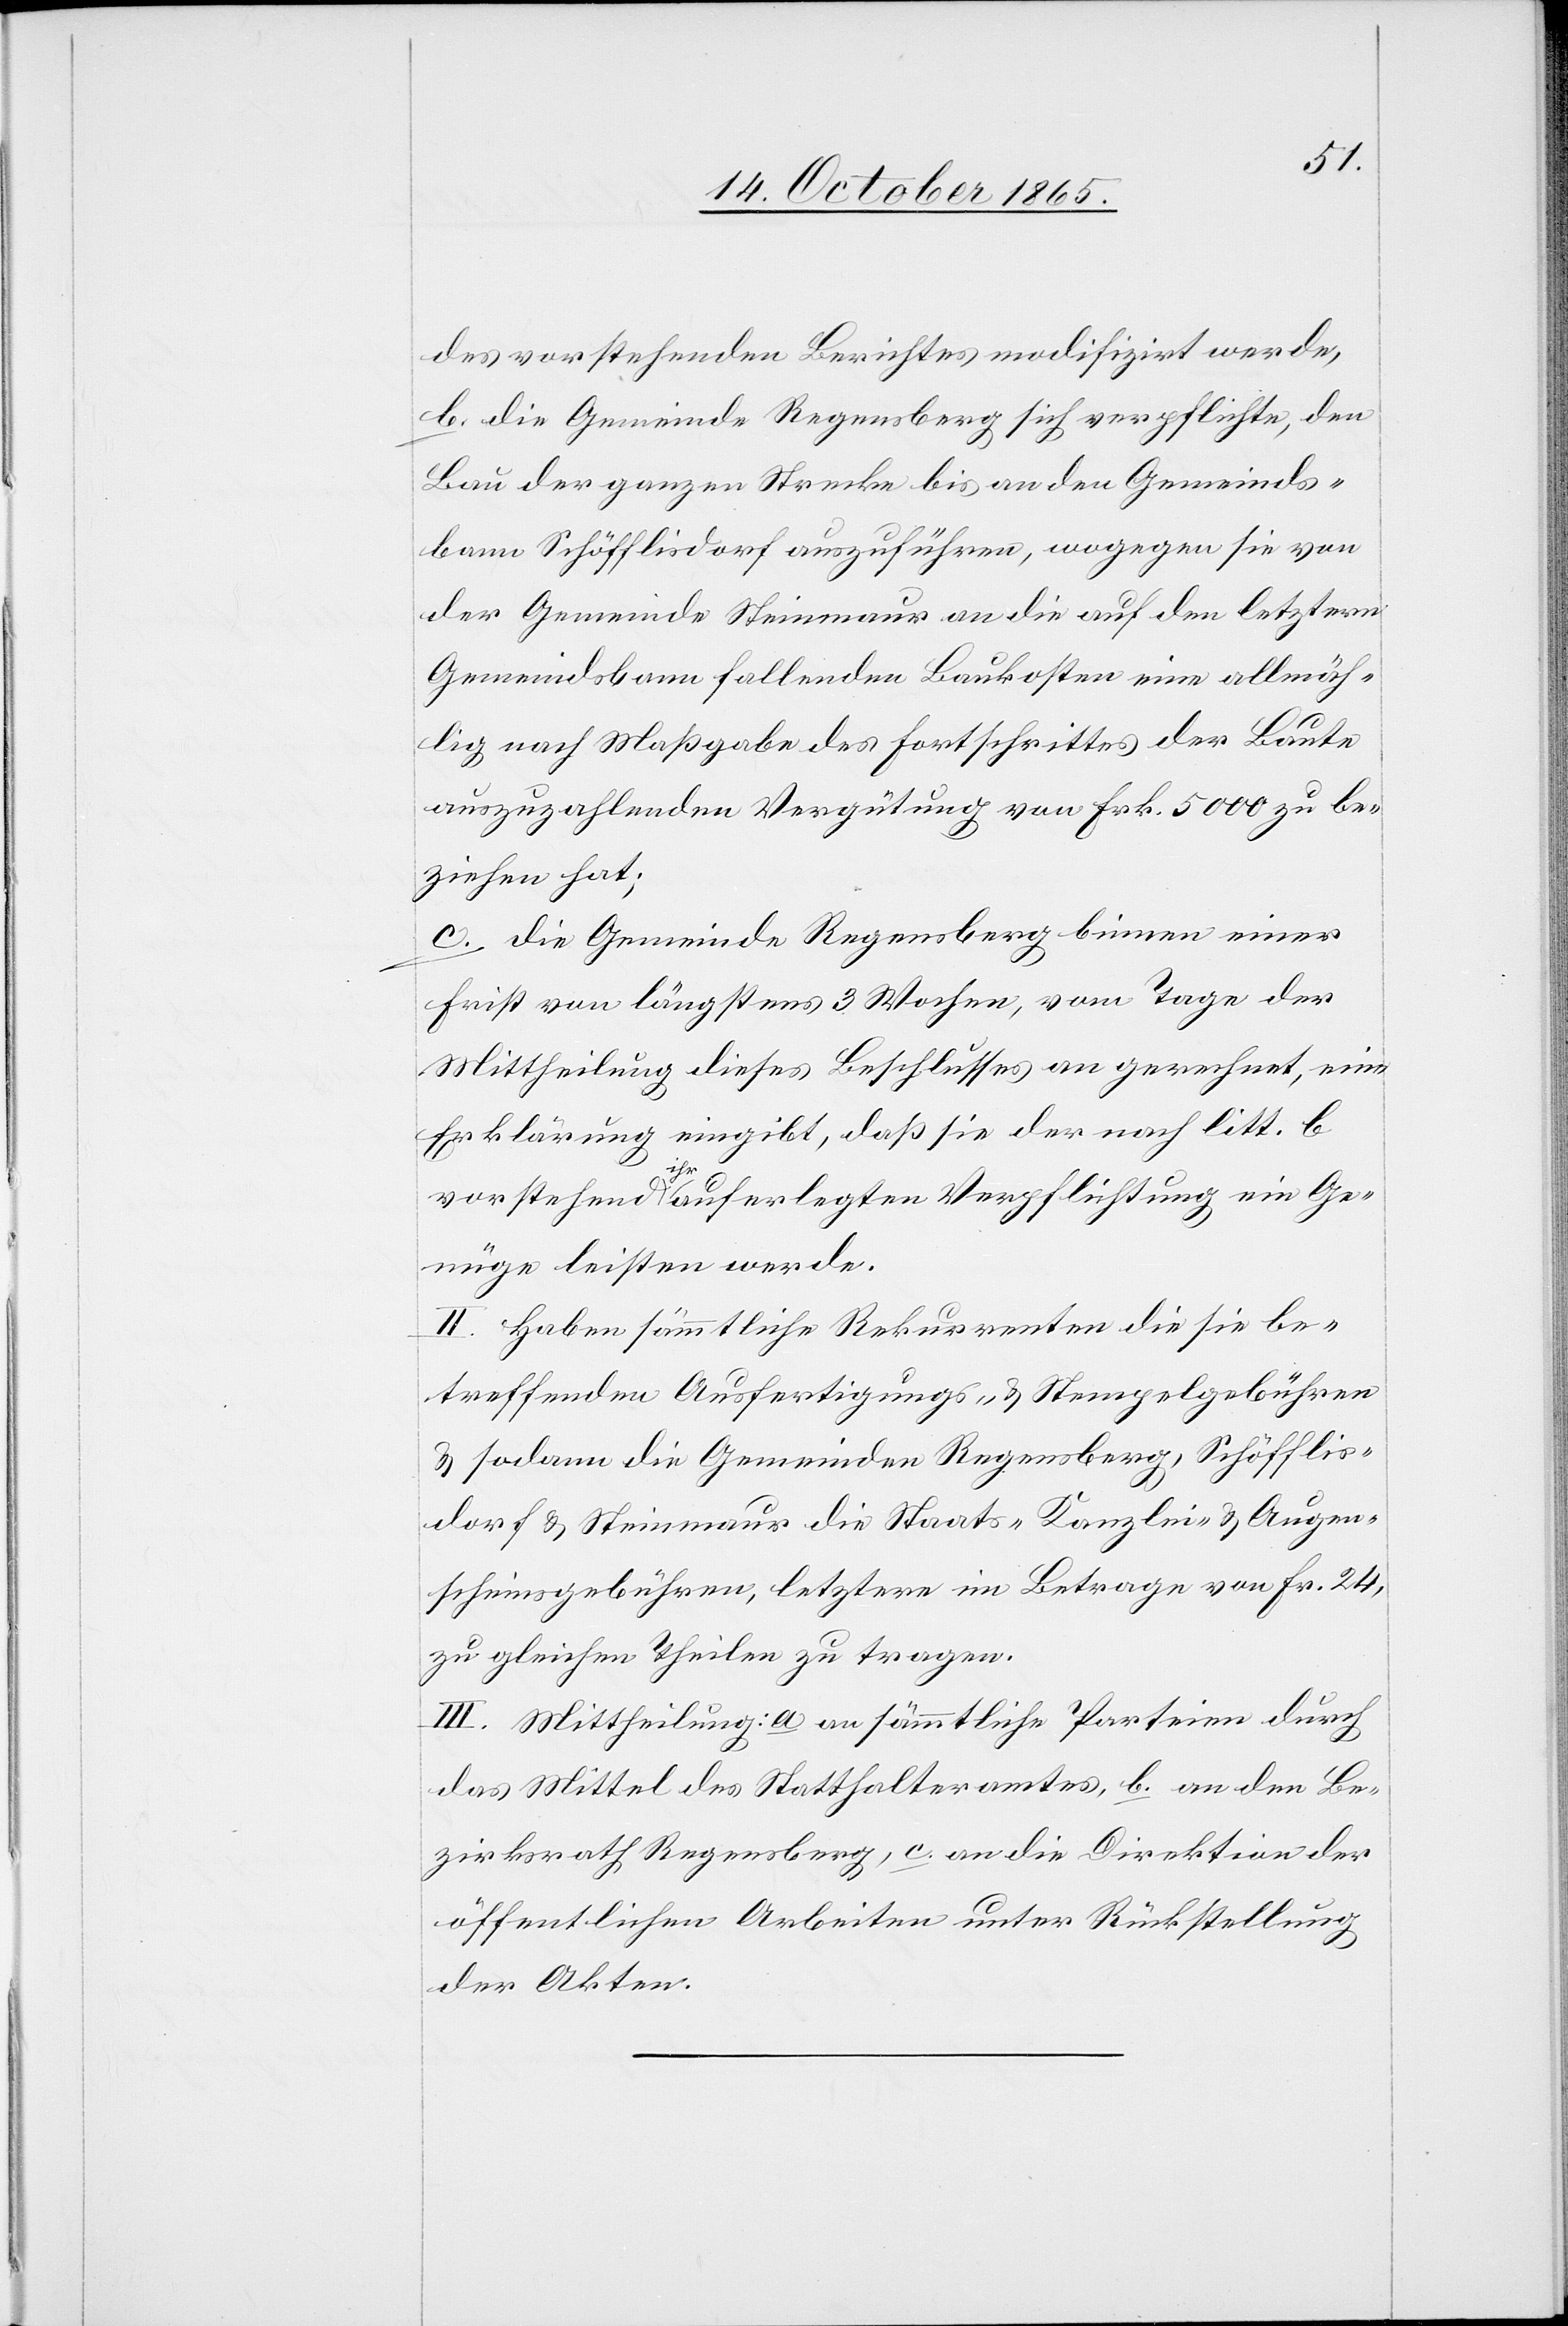
des vorstehenden Berichtes modifiziert werde,
b. die Gemeinde Regensberg sich verpflichte, den
Bau der ganzen Strecke bis an den Gemeinds¬
bann Schöfflisdorf auszuführen, wogegen sie von
der Gemeinde Steinmaur an die auf den letztern
Gemeindsbann fallenden Baukosten eine allmäh¬
lig nach Maßgabe des Fortschrittes der Baute
auszuzahlenden Vergütung von Frk. 5000 zu be¬
ziehen hat;
c. die Gemeinde Regensberg binnen einer
Frist von längstens 3 Wochen, vom Tage der
Mittheilung dieses Beschlusses an gerechnet, eine
Erklärung eingibt, daß sie der nach litt. b
vorstehend ihr auferlegten Verpflichtung ein Ge¬
nüge leisten werde.
II. Haben sämmtliche Rekurrenten die sie be¬
treffenden Ausfertigungs- & Stempelgebühren
& sodann die Gemeinden Regensberg, Schöfflis¬
dorf & Steinmaur die Staats-[,] Kanzlei- & Augen¬
scheinsgebühren, letztere im Betrage von Fr. 24,
zu gleichen Theilen zu tragen.
III. Mitteilung: a. an sämmtliche Parteien durch
das Mittel des Statthalteramtes, b. an den Be¬
zirksrath Regensberg, c. an die Direktion der
öffentlichen Arbeiten unter Rückstellung
der Akten.